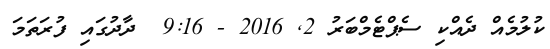
ކުލުމެއް ދެއްކި ސެޕްޓެމްބަރު 2